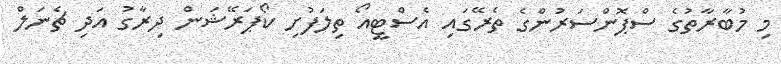
މި މުބާރާތުގެ ސްޕޮންސަރުންގެ ތެރޭގައި އެސްޓީއޯ ތިލަފުށި ކޯޕަރޭޝަން ދިރާގު އަދި ޗެނަލް